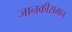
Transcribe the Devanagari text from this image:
जानकीरामन्